Indian journal of veterinary science and animal husbandry - Volume 6,
Year: 1936
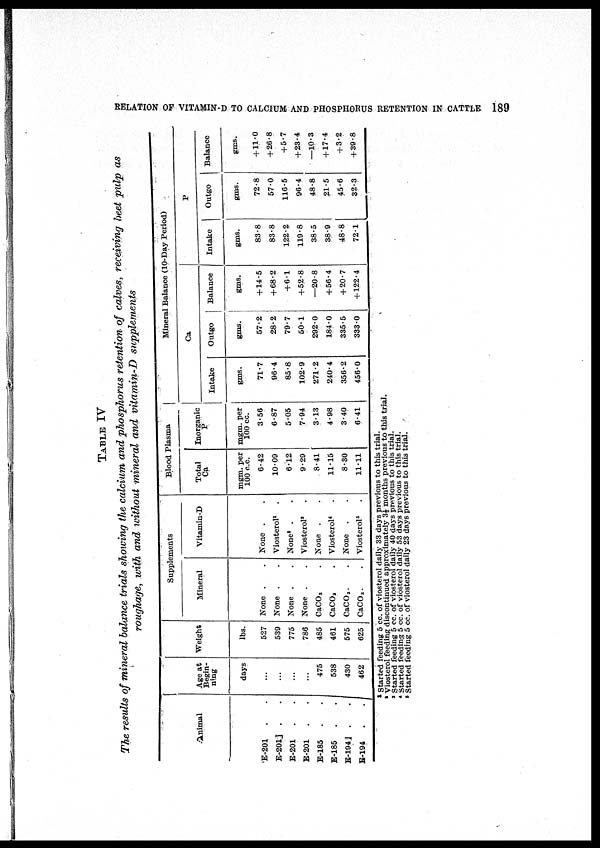
RELATION OF VITAMIN-D TO CALCIUM AND PHOSPHORUS RETENTION IN CATTLE
189
TABLE IV
The results of mineral balance trials showing the calcium and phosphorus retention of calves, receiving beet pulp as
roughage, with and without mineral and vitamin-D
supplements
Animal
E-201 . .
E-201] . .
E-201 . .
E-201
. .
E-185
. .
E-185 .
.
E-194] .
.
E-194 .
.
Age at
Begin-
ning
days
...
...
...
...
475
538
430
462
Weight
lbs.
527
539
775
786
485
461
575
625
Supplements
Mineral
None . .
None . .
None . .
None . .
CaCO 3
CaCO 2
CaCO 3 . .
CaCO 3 . .
Vitamin-D
None . .
Viosterol 1 .
None 2 . .
Viosterol 3 .
None . .
Viosterol 4 .
None . .
Viosterol 5 .
Blood Plasma
Total
Ca
mgm. per
100 c.c.
6.42
10.09
6.12
9.29
8.41
11.15
8.30
11.11
Inorganic
P
mgm. per
100 cc.
3.56
6.87
5.05
7.94
3.13
4.98
3.40
6.41
Intake
gms.
71.7
96.4
85.8
102.9
271.2
240.4
356.2
456.0
Mineral Balance (10-Day Period)
Ca
Outgo
gms.
57.2
28.2
79.7
50.1
292.0
184.0
335.5
333.0
Balance
gms.
+ 14.5
+ 68.2
+6.1
+52.8
—20.8
+56.4
+ 20.7
+122.4
Intake
gms.
83.8
83.8
122.2
119.8
38.5
38.9
48.8
72.1
P
Outgo
gms.
72.8
57.0
116.5
96.4
48.8
21.5
45.6
32.3
Balance
gms.
+11.0
+26.8
+5.7
+ 23.4
—10.3
+17.4
+3.2
+39.8
1 Started feeding 5 cc. of viosterol daily 33 days previous to this trial.
2 Viosterol feeding discontinued approximately 3½ months previous to this trial.
3 Started feeding 5 cc. of viosterol daily 40 days previous to this trial.
4 Started feeding 5 cc. of viosterol daily 53 days previous to this trial.
5 Started feeding 5 cc. of viosterol daily 23 days previous to this trial.